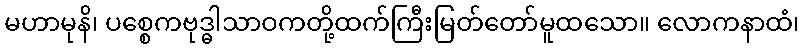
မဟာမုနိ၊ ပစ္စေကဗုဒ္ဓါသာဝကတို့ထက်ကြီးမြတ်တော်မူထသော။ လောကနာထံ၊